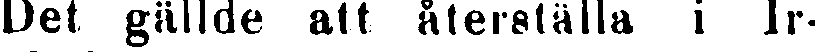
Det gällde att återställa i Ir-